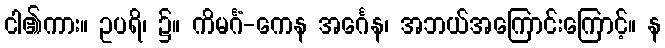
ငါ၏ကား။ ဥပရိ၊ ၌။ ကိမင်္ဂံ-ကေန အင်္ဂေန၊ အဘယ်အကြောင်းကြောင့်။ န